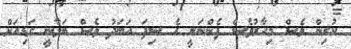
ކުރިން ވެސް މިހާރުވެސް ފެންނަނީ އެ ސިފަ އަބަދު ވެސް ބަލާނީ ގަޑިއަށް